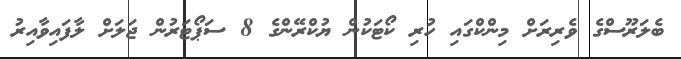
ބެލަރޫސްގެ ވެރިރަށް މިންކްގައި ހުރި ކޯޓަކުން ޔުކްރޭންގެ 8 ސަޕޯޓަރުން ޖަލަށް ލާފައިވާއިރު